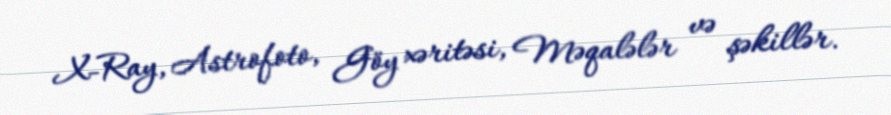
X-Ray, Astrofoto, Göy xəritəsi, Məqalələr və şəkillər.